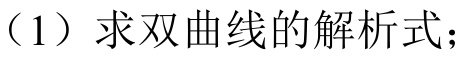
（1）求双曲线的解析式；